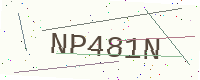
Text: NP481N